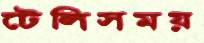
টেলিসময়